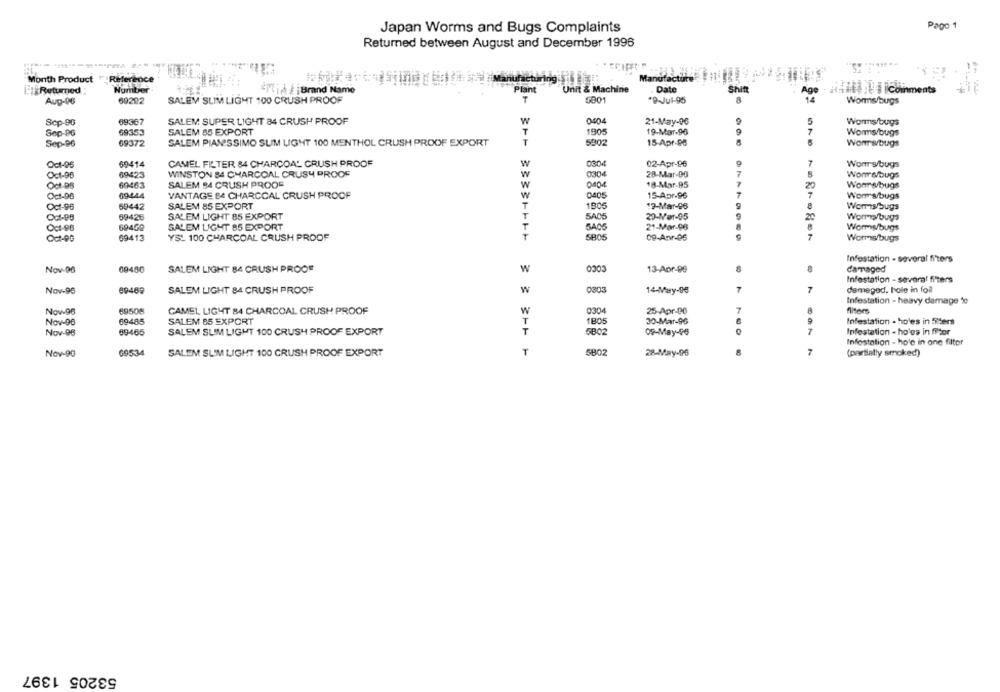
Pago 1
Japan Worms and Bugs Complaints
Returned between August and December 1996
Month Product " Reference
Silf
Manufacture
Number
27til iBrand Name
Plant
Unit & Machine
Date
Shift
Age
aidittil i coinments
Aug-06
69222
SALEM SLIM LIGHT 100 CRUSH PROOF
T
5001
'9-Jul-95
Worms/bugs
Scp-96
69367
SALEM SUPER LIGHT 84 CRUSH PROOF
w
0404
21-May-96
5
Worms bugs
Sep-96
69353
SALEM 85 EXPORT
1905
19-Mar-96
Worms/bugs
Sep-96
69372
SALEM PIANISSIMO SUM LIGHT 100 MENTHOL CRUSH PROOF EXPORT
T
5902
15-Apr-98
Womrsbugs
Oct-95
69414
CAMEL FILTER 84 CHARCOAL CRUSH PROOF
02-Apr-96
7
Womrs/bugs
WINSTON 84 CHARCOAL CRUSH PROOF
0304
28-Mar-D0
Oct-96
69423
8
Womrs/bugs
Oct-DB
69463
SALEM B4 CRUSH PROOF
18-Mar-95
20
Womrwbugs
0405
001-96
69444
VANTAGE &4 CHARCOAL CRUSH PROOF
15-Apr-96
Wom's/bugs
Oct-96
69442
SALEM 85 EXPORT
1805
12-Mar-96
8
Worms bugs
5A06
59426
SALEM LIGHT 85 EXPORT
29-Mer-95
20
Worms bugs
Oct-96
69452
SALEM LIGHT 85 EXPORT
21-Mar-96
Worms/bugs
7
Oct-DG
69413
YSL 100 CHARCOAL CRUSH PROOF
5805
09-Apr-06
Worms/bugs
COCO
Infestation - several fiters
Nov-96
09480
SALEM LIGHT 84 CRUSH PROOF
W
13-Apr-99
damaged
Infestation - several filters
Nov-96
69469
SALEM LIGHT 84 CRUSH PROOF
w
0303
14-Mary-96
damegod. hole in foil
Infestation - heavy damage %
Nov-96
69508
CAMEL LIGHT 84 CHARCOAL CRUSH PROOF
W
0304
25-Apr-06
7
filters
Nov-96
69485
SALEM 65 EXPORT
T
1805
30-Mar-96
Infestation - holes in Sters
Nov-96
69465
SALEM SLIM LIGHT 100 CRUSH PROOF EXPORT
5802
09-May-96
0
7
Infestation - holes in fffor
Infostation - hole in one filter
69534
SALEM SLIM LIGHT 100 CRUSH PROOF EXPORT
T
5802
28-May-96
7
Nov-9G
(partially smoked)
53205 1397